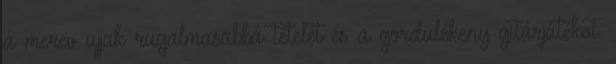
a merev ujjak rugalmasabbá tételét és a gördülékeny gitárjátékot.